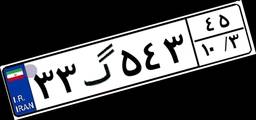
۳۳گ۵۴۳۴۵